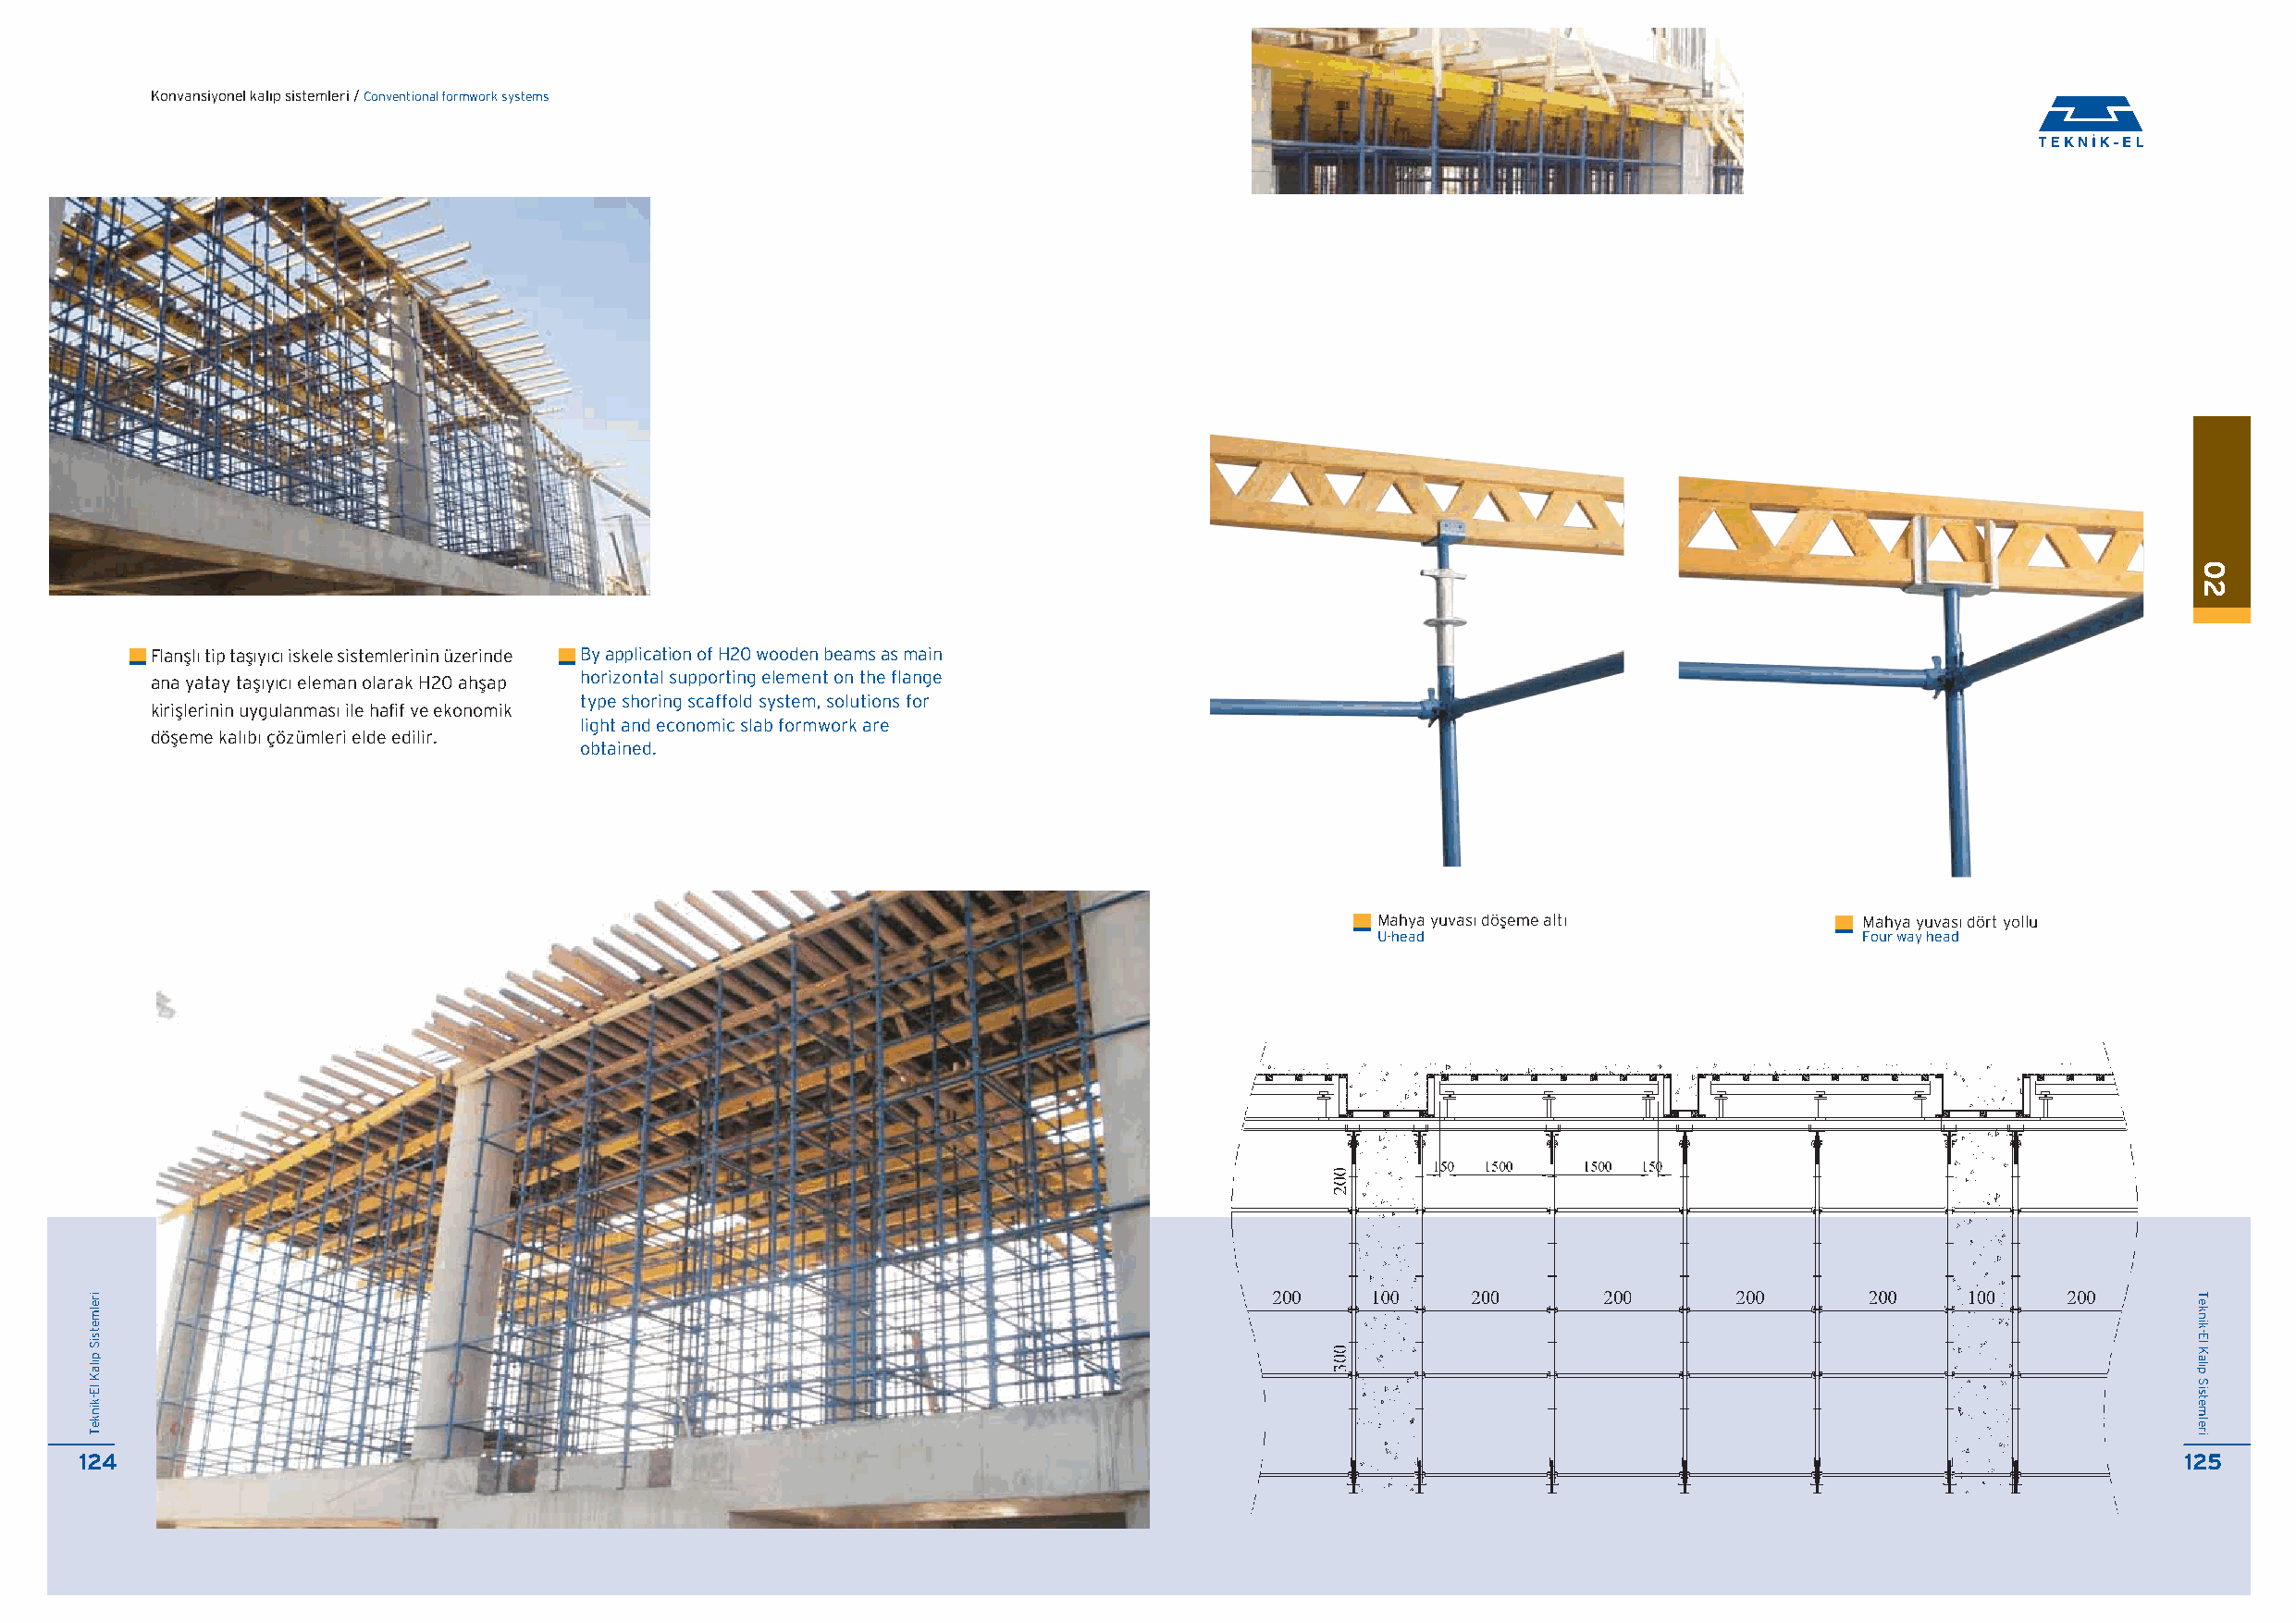
Konvansiyonel kal›p sistemleri / Conventional formwork systems
 Flanfll› tip tafl›y›c› iskele sistemlerinin üzerinde By application of H20 wooden beams as main
 ana yatay tafl›y›c› eleman olarak H20 ahflap horizontal supporting element on the flange
 type shoring scaffold system, solutions for
 kirifllerinin uygulanmas› ile hafif ve ekonomik
 light and economic slab formwork are
 döfleme kal›b› çözümleri elde edilir.
 obtained.
 Mahya yuvas› döfleme alt›         Mahya yuvas› dört yollu
 U-head                            Four way head
 124                                                                                                                                                   125
 irelmetsiS
 p›laK
 lE-kinkeT
 02
 Teknik-El
 Kal›p
 Sistemleri